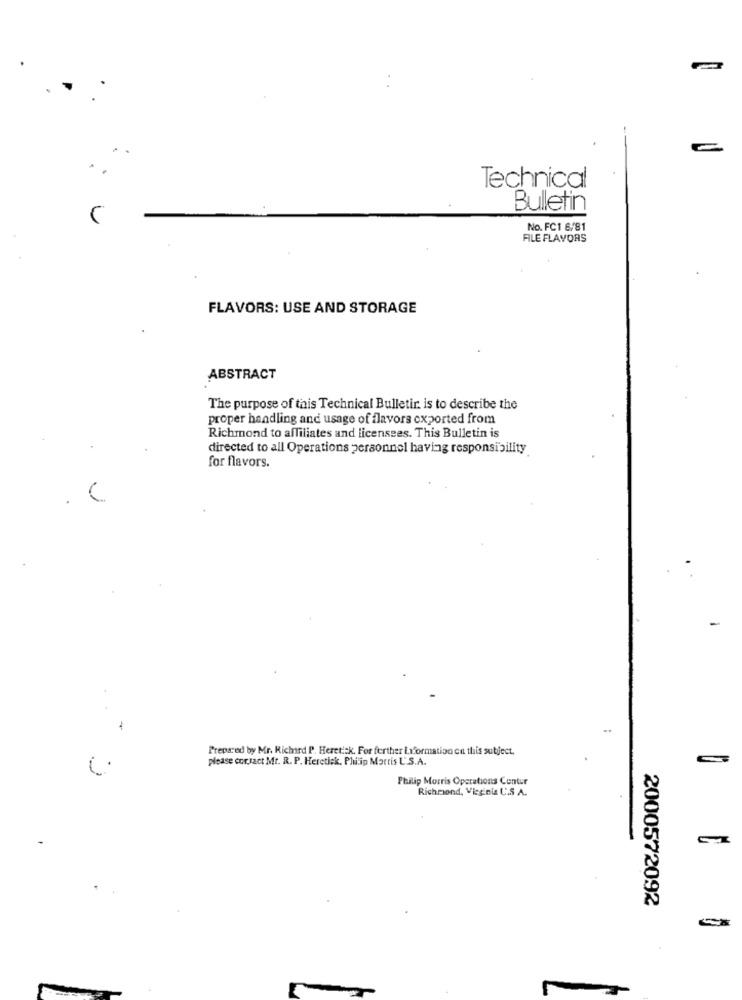
Technical
Bulletin
No. FC1 6/81
FILE FLAVORS
FLAVORS: USE AND STORAGE
ABSTRACT
The purpose of this Technical Bulletir is to describe the
proper handling and usage of flavors exported from
Richmond to affiliates and licensees. This Bulletin is
directed to all Operations personnel having responsibility
for flavors.
Prepared by Mr. Richard P. Heretisk. For further Liformation en this subject,
please contact Mr. R. P. Heretick, Philip Morris L'S.A.
Philip Morris Operations Contur
Richmond, Virginia U.S A.
2000572092